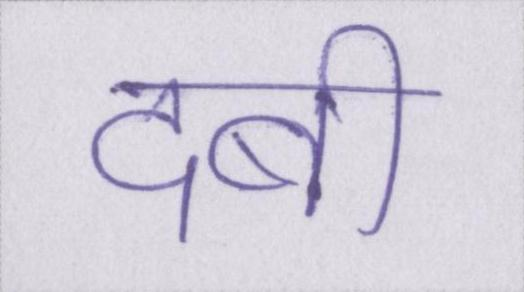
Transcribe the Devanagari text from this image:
दबी